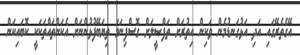
އޭގެތެރޭގައި އަދި އަޅުގަނޑުމެން ވަކިން އިތުރަށް ތަފްޞީލަށް ގޮސްފިނަމަ ތިޔަބޭފުޅުންނަށް އެކަންތައްތަކަކީ ކޮބައިކަން